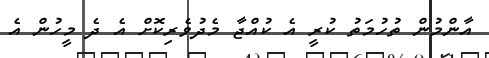
އާންމުން ތުހުމަތު ކުރީ އެ ކުއްޖާ މެދުވެރިކޮށް އެ ދެ މީހުން އެ